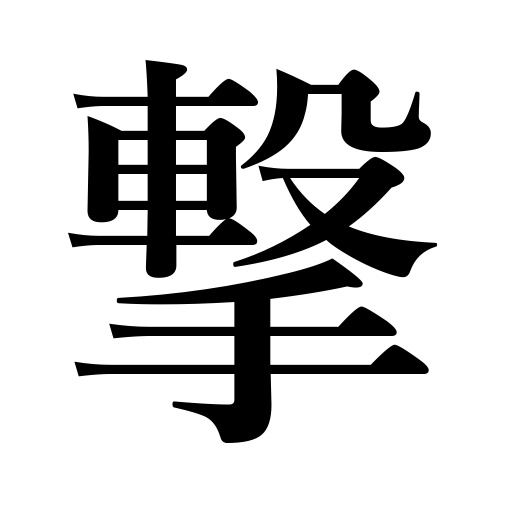
Meanings: defeat,touch,impress,strike,knock,beat a drum,present a play,play checkers,destroy,smite,ring a bell,cast a net,thrash,clocks strike,prepare buckwheat noodles,shoot,clap one’s hands,temper a sword,pay earnest money,hit,punch,till the soil,conquer,slap,attack,water,sprinkle,braid,beat,pound in a nail